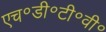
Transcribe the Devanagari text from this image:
एच॰डी॰टी॰वी॰